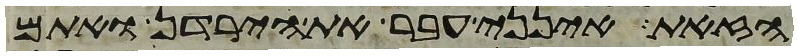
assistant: הזאת אינני עבר את הירדן ואתם